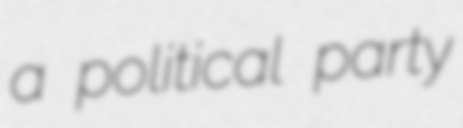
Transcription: a political party